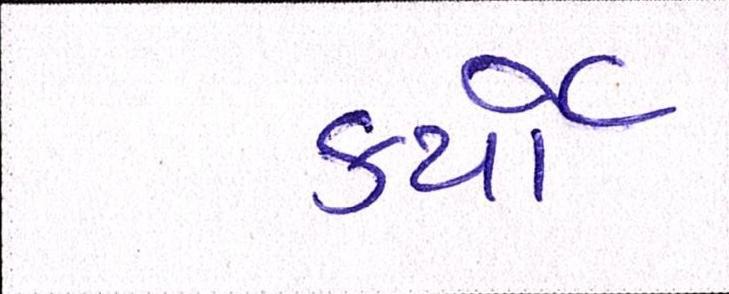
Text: કર્યાં